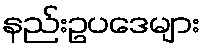
နည်းဥပဒေများ